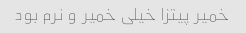
خمیر پیتزا خیلی خمیر و نرم بود